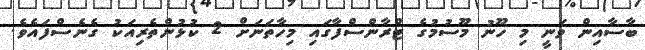
ބާސާއިން ވަނީ މި ހޫނު މޫސުމުގެ ޓްރާންސްފާގައި މިހާތަނަށް 2 ކުޅުންތެރިއަކު ގެނެސްފައެވެ.